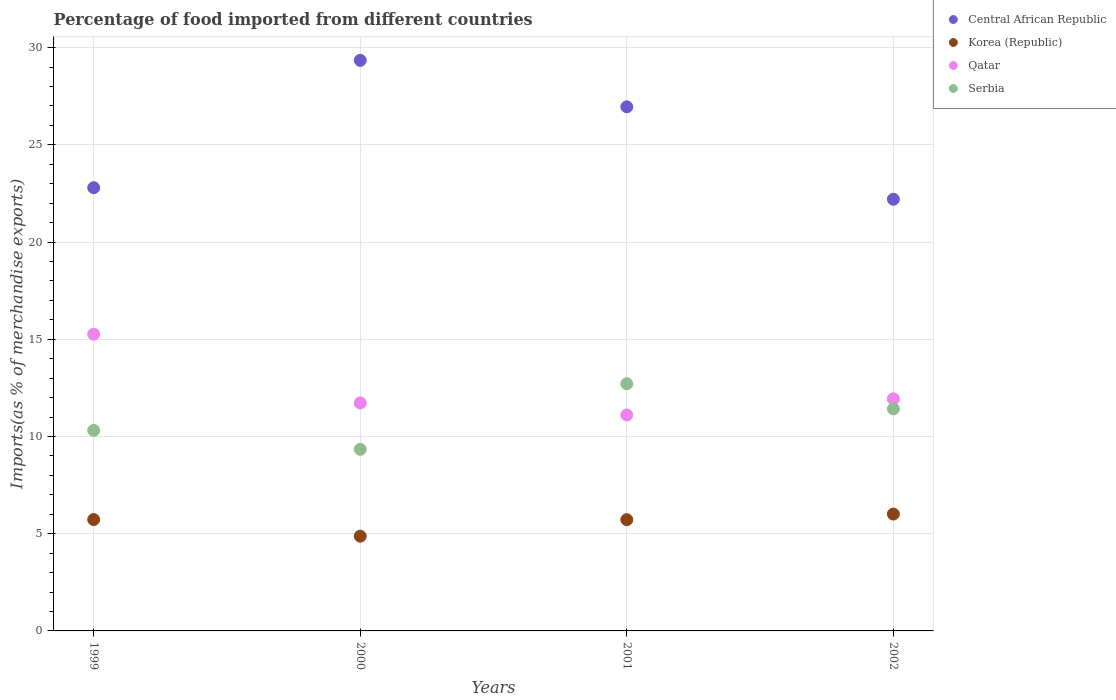
| Years | Central African Republic | Korea (Republic) | Qatar | Serbia |
 | --- | --- | --- | --- | --- |
 | 1999 | 22.8 | 5.73 | 15.3 | 10.3 |
 | 2000 | 29.3 | 4.87 | 11.7 | 9.34 |
 | 2001 | 27 | 5.72 | 11.1 | 12.7 |
 | 2002 | 22.2 | 6.01 | 11.9 | 11.4 |